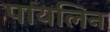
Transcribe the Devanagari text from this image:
पायलिन